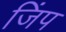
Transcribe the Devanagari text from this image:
जिंप